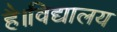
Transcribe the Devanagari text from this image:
है।विद्यालय